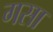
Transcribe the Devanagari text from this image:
गसा